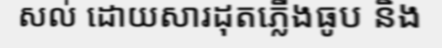
សល់ ដោយសារដុតភ្លើងធូប និង